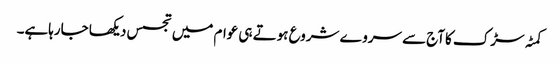
کمٹہ سڑک کاآج سے سروے شروع ہوتے ہی عوام میں تجسس دیکھا جارہاہے۔